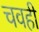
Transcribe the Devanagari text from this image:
चवही